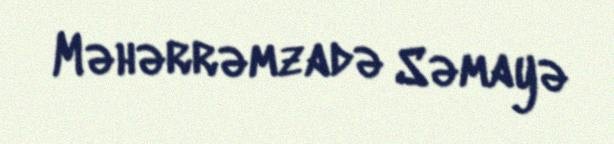
Məhərrəmzadə Səmayə